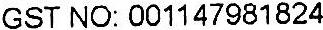
GST NO: 001147981824